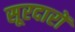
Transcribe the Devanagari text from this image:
सूरदारों